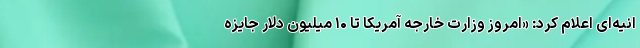
انیه‌ای اعلام کرد: «امروز وزارت خارجه آمریکا تا ۱۰ میلیون دلار جایزه